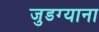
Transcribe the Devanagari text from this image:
जुडग्याना